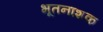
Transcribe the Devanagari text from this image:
भूतनाशक